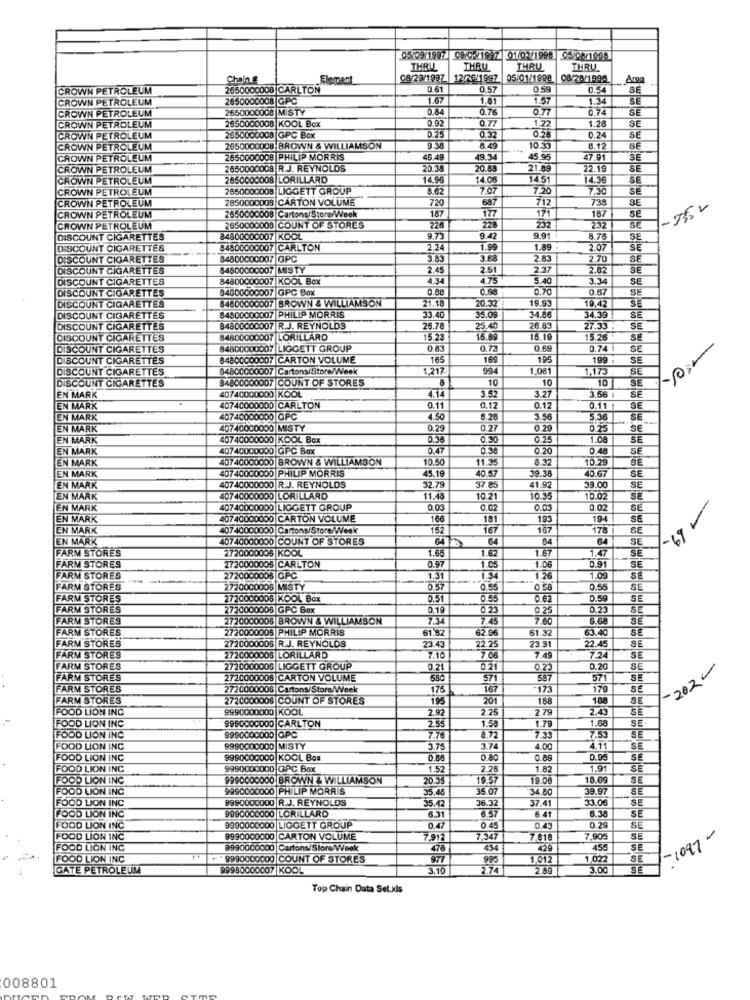
05 09 1997 0910-1997 01/02/1998 05 02/1998
THRU
THRU
THRU
THRU
Chain &
08/29/1997
12/26/1997
05/01/1998
08/28/1998
Arog
CROWN PETROLEUM
2550000008 CARLTON
0.61
0.57
0.59
0.54
SE
CROWN PETROLEUM
2650000008 GPC
1.67
1.81
1.57
1.34
SE
CROWN PETROLEUM
2650000008 MISTY
0.84
0.76
0.77
0.74
SE
CROWN PETROLEUM
2850000008 KOOL Box
0.92
0.77
1.77
1.28
0.25
0.32
CROWN PETROLEUM
2650000008 GPC Box
0.24
SE
CROWN PETROLEUM
2650000008 BROWN & WILLIAMSON
9.38
8.49
10.35
B.12
SE
CROWN PETROLEUM
2650000008 PHILIP MORRIS
45.49
49.34
45.95
47.91
SE
CROWN PETROLEUM
2650000008 R.J. REYNOLDS
20.38
20.83
21.89
22.19
CROWN PETROLEUM
2650000008 LORILLARD
14.96
14.06
14.51
14.36
SE
CROWN PETROLEUM
2650000008 LIGGETT GROUP
8.62
7.07
7.20
7.30
SE
CROWN PETROLEUM
2850000008 CARTON VOLUME
720
738
SE
187
177
687
712
171
235 2
CROWN PETROLEUM
2650000008 Cartons/Store/Week
187
se
CROWN PETROLEUM
2650000008 COUNT OF STORES
226
228
232
232
SE
DISCOUNT CIGARETTES
84800000007 KOOL
9.73
9.42
9.91
8.76
SE
DISCOUNT CIGARETTES
54800000007 CARLTON
2.24
1.99
1.89
2.07
SE
DISCOUNT CIGARETTES
84800000007 GPC
3.58
2.83
2.70
DISCOUNT CIGARETTES
84600000007 MISTY
2.45
2.51
2.37
2.02
SE
DISCOUNT CIGARETTES
84800000007 KOOL Box
4,34
4.75
5.40
3.34
SE
DISCOUNT CIGARETTES
84600000007 GPC Box
0.88
0.88
0.70
0.67
SE
84800000007 BROWN & WILLIAMSON
21.10
20.32
19.93
19,42
DISCOUNT CIGARETTES
34.56
SE
DISCOUNT CIGARETTES
84500000007 PHILIP MORRIS
33.40
35.09
34.39
DISCOUNT CIGARETTES
84800000007 R.J. REYNOLDS
25.78
25.4
26.8
27.33 -
SE
DISCOUNT CIGARETTES
84800000007 LORILLARD
15.23
15,89
15.19
15.26
SE
DISCOUNT CIGARETTES
84800000007 |LIGGETT GROUP
0.83
0.72
0.69
0.74
SE
DISCOUNT CIGARETTES
84800000007 CARTON VOLUME
165
169
195
199
SE
DISCOUNT CIGARETTES
34800000007 Cartons/Store/Week
1.217
994
1.081
1,173
SE
DISCOUNT CIGARETTES
84800000007 COUNT OF STORES
10
10
10
SE
3.21
EN MARK
40740000000 KOOL
4.14
3.52
3.56
EN MARK
40740000000 CARLTON
0.11
0,12
0.12
0.11
SE
EN MARK
40740000000 GPC
4.50
5.26
3.56
5.36
SE
EN MARK
40740000000 MISTY
0.29
0.27
0.20
0.25
SE
EN MARK
40740000000 KOOL Box
0.30
0.75
1.08
SE
EN MARK
40740000000 GPC Box
0.47
0.90
0.20
0.48
SE
EN MARK
40740000000 BROWN & WILLIAMSON
10.50
11.35
8.32
10.29
40740000000 PHILIP MORRIS
45.19
40.57
39.38
40.67
EN MARK
SE
EN MARK
407 40000000 R.J. REYNOLDS
32.78
37.85
41.92
39.00
SE
EN MARK
407 40000000 LORILLARD
11.48
10.21
10.35
10.02
EN MARK
40740000000 LIGGETT GROUP
0.03
0.02
SE
EN MARK
40740000000 CARTON VOLUME
166
181
193
194
SE
EN MARK
40740000000 Cartons/Store/Week
15
167
167
178
SE
EN MARK
40740000000 COUNT OF STORES
64 5
64
64
64
SE
-19
FARM STORES
2720000005 KOOL
1.55
162
67
1.47
SE
0.91
FARM STORES
2720000005 CARLTON
0.97
1.05
1.06
SE
FARM STORES
2720000005 GPC
1.31
1.34
1 26
1.00
SE
FARM STORES
2720000005 MISTY
0.57
0.55
0 58
0.55
SE
FARM STORES
2720000005 KOOL Box
0.51
0.55
0.62
0.59
FARM STORES
2720000006 GPC Box
0.19
0.23
0.25
0.23
SE
FARM STORES
2720000005 BROWN & WILLIAMSON
7.34
7.45
7.80
FARM STORES
2720000005 PHILIP MORRIS
61.82
12.56
61.32
63.40
SE
2720000005 R.J. REYNOLDS
SE
FARM STORES
23.43
22.25
23.91
22.45
FARM STORES
2720000005 LORILLARD
7.10
7.06
7.49
7.24
SE
FARM STORES
2720000005 LIGGETT GROUP
0 21
0.21
0.23
0.20
SE
-2020
FARM STORES
2720000008 CARTON VOLUME
580
571
587
571
SE
FARM STORES
2720000008 Cartons/Store/Week
175
167
173
179
FARM STORES
2720000006 COUNT OF STORES
195
201
188
188
SE
FOOD LION INC
9990000000 KOOL
29
2.25
2.79
2.43
SÉ
FOOD LION INC
9990000000 CARLTON
2.55
1.68
SE
1.58
1.79
FOOD LION INC
9990000000 GPC
7.76
8.72
7.33
7.53
SE
FOOD LION INC
9990000000 MISTY
3.75
374
4.00
SE
FOOD LION INC
9990000000 KOOL Box
0.80
0.88
0.90
SE
FOOD LION INC
9990000000 GPC Box
1.52
2.28
1.82
1.91
SE
FOOD LION INC
9990000000 BROWN & WILLIAMSON
20.35
19.57
19.00
18.09
SE
FOOD LION INC
9990000000 PHILIP MORRIS
35.48
35.07
34.80
39.97
SE
FOOD LION INC
9990000000 |R.J. REYNOLDS
35.42
36.32
37.41
33.06
SE
FOOD LION INC
9990000000 LORILLARD
6.57
SE
6.31
6.41
FOOD LION INC
9990000000 LIGGETT GROUP
0.47
0.43
0.29
SE
FOOD LION INC
9990000000 CARTON VOLUME
7.912
7.347
2018
7.90€
SE
-1097 -
FOOD LION INC
8990000000 Cartons/Store/Week
478
434
429
SE
FOOD LION INC
9990000000 COUNT OF STORES
1012
1.022
SE
GATE PETROLEUM
99990000007 |KOOL
3.10
2.74
2.89
3.00
Top Chain Data Set.xls
008801